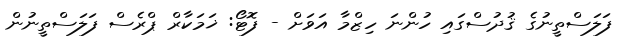
ފަލަސްތީނުގެ ޤުދުސްގައި ހުންނަ ހިޒްމާ އަވަށް - ފޮޓޯ: ޚަމަކާރް ޕްރެސް ފަލަސްތީނުން